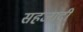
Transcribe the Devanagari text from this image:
सहजादी